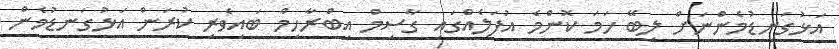
އަޅުގަނޑުމެންނަށް ލިބޭ ހަމަ ކޮންމެ އުފަލެއްގައި ގާސިމް އިބްރާހިމް ބައިވެރި ކުރަން އަޅުގަނޑުމެން